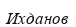
Ихданов